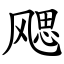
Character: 飔